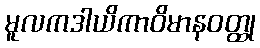
မူလကဒါယိကာဝိမာနဝတ္ထု